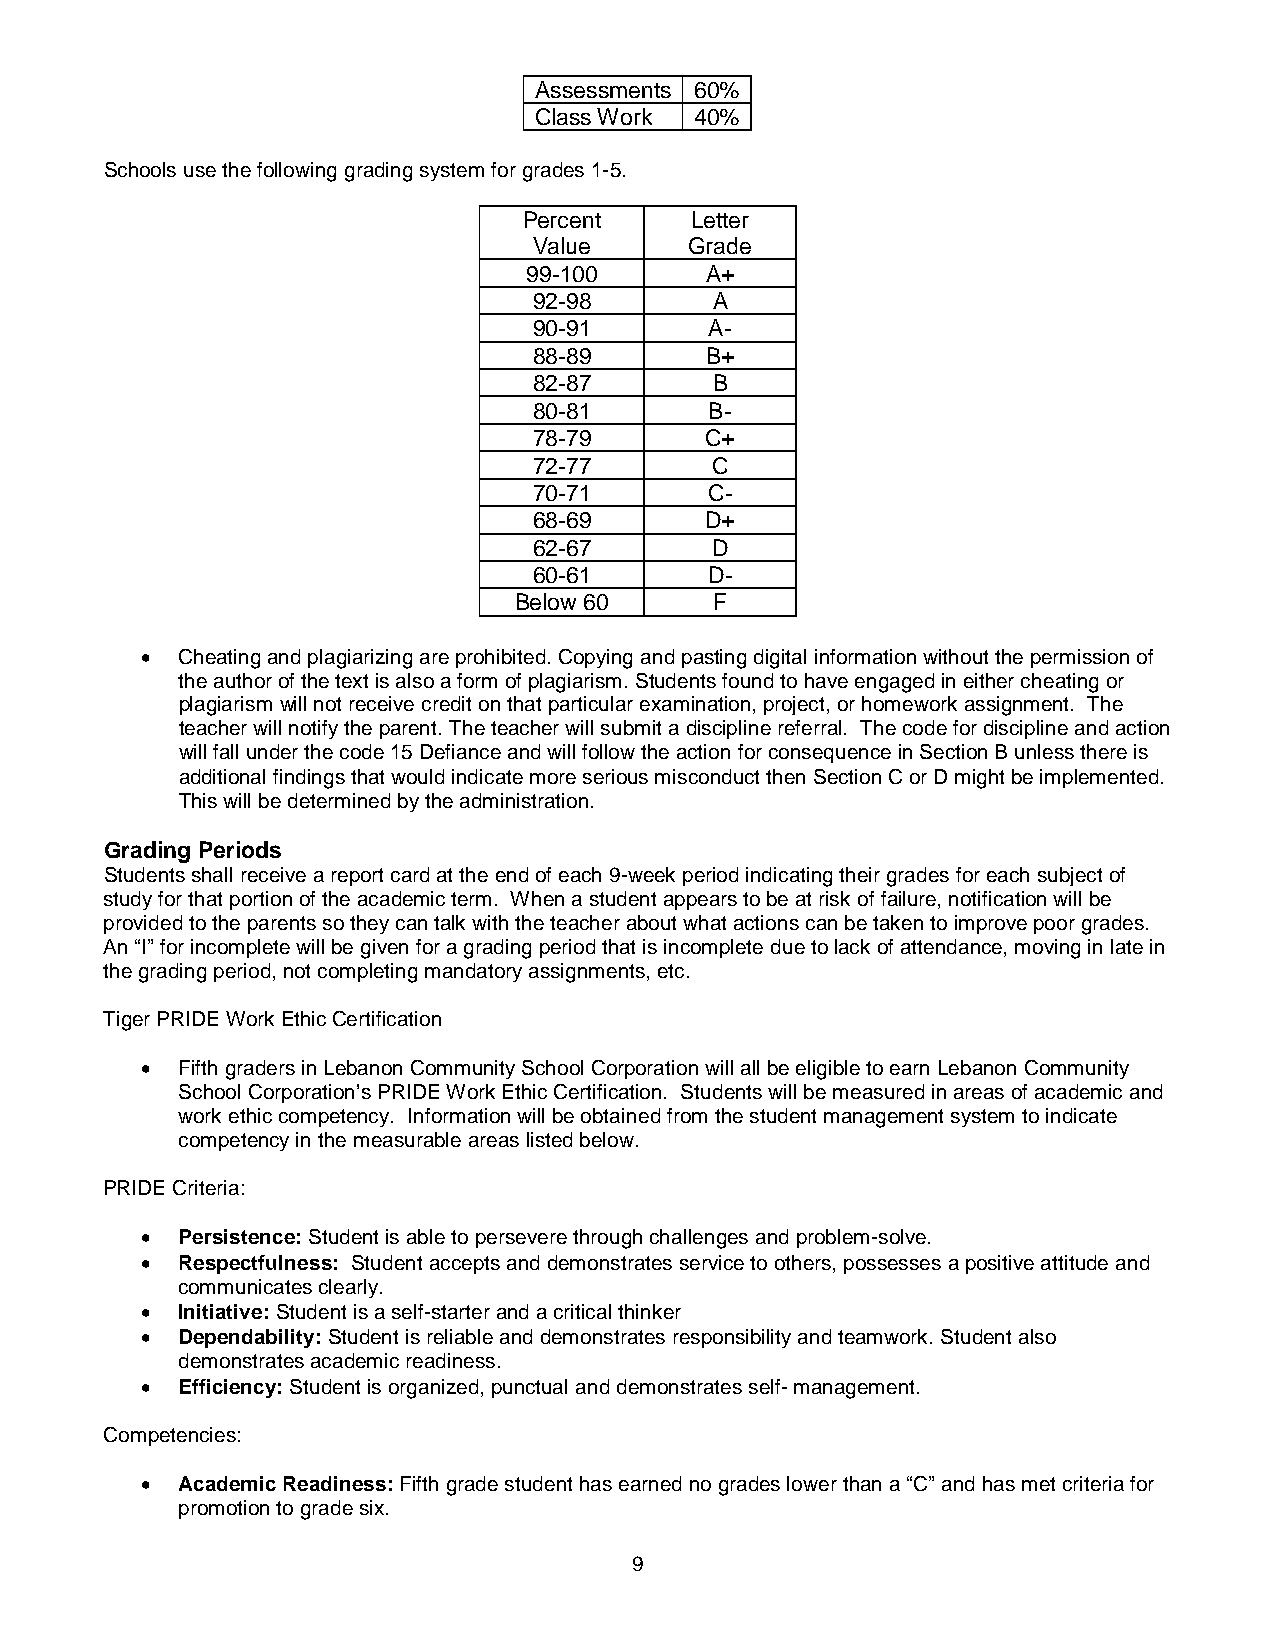
Assessments 60%
 Class Work 40%
 Schools use the following grading system for grades 1-5.
 Percent    Letter
 Value      Grade
 99-100      A+
 92-98       A
 90-91       A-
 88-89       B+
 82-87       B
 80-81       B-
 78-79       C+
 72-77       C
 70-71       C-
 68-69       D+
 62-67       D
 60-61       D-
 Below 60     F
 •  Cheating and plagiarizing are prohibited. Copying and pasting digital information without the permission of
 the author of the text is also a form of plagiarism. Students found to have engaged in either cheating or
 plagiarism will not receive credit on that particular examination, project, or homework assignment. The
 teacher will notify the parent. The teacher will submit a discipline referral. The code for discipline and action
 will fall under the code 15 Defiance and will follow the action for consequence in Section B unless there is
 additional findings that would indicate more serious misconduct then Section C or D might be implemented.
 This will be determined by the administration.
 Grading Periods
 Students shall receive a report card at the end of each 9-week period indicating their grades for each subject of
 study for that portion of the academic term. When a student appears to be at risk of failure, notification will be
 provided to the parents so they can talk with the teacher about what actions can be taken to improve poor grades.
 An “I” for incomplete will be given for a grading period that is incomplete due to lack of attendance, moving in late in
 the grading period, not completing mandatory assignments, etc.
 Tiger PRIDE Work Ethic Certification
 •  Fifth graders in Lebanon Community School Corporation will all be eligible to earn Lebanon Community
 School Corporation’s PRIDE Work Ethic Certification. Students will be measured in areas of academic and
 work ethic competency. Information will be obtained from the student management system to indicate
 competency in the measurable areas listed below.
 PRIDE Criteria:
 •  Persistence: Student is able to persevere through challenges and problem-solve.
 •  Respectfulness: Student accepts and demonstrates service to others, possesses a positive attitude and
 communicates clearly.
 •  Initiative: Student is a self-starter and a critical thinker
 •  Dependability: Student is reliable and demonstrates responsibility and teamwork. Student also
 demonstrates academic readiness.
 •  Efficiency: Student is organized, punctual and demonstrates self- management.
 Competencies:
 •  Academic Readiness: Fifth grade student has earned no grades lower than a “C” and has met criteria for
 promotion to grade six.
 9